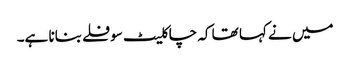
میں نے کہا تھا کہ چاکلیٹ سوفلے بنانا ہے۔